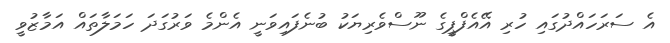
އެ ސަރަހައްދުގައި ހުރި އޭއެފްޕީގެ ނޫސްވެރިޔަކު ބުނެފައިވަނީ އެންމެ ވަރުގަދަ ހަމަލާތައް އަމާޒުވީ